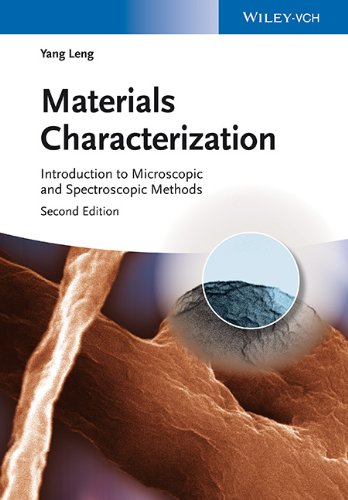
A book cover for Materials Characterization: Introduction to Microscopic and Spectroscopic Methods; Yang Leng; Science & Math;